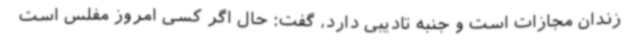
زندان مجازات است و جنبه تادیبی دارد، گفت: حال اگر کسی امروز مفلس است